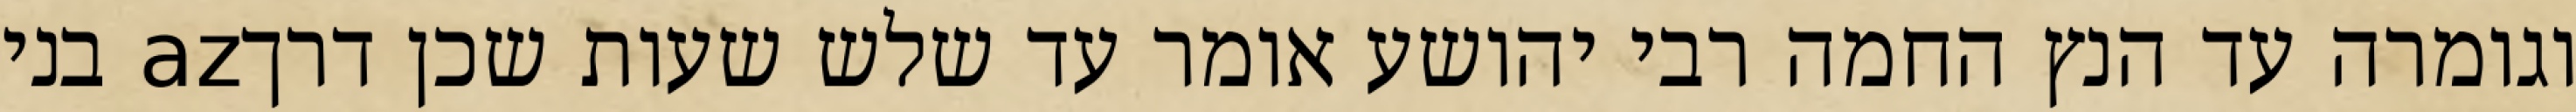
וגומרה עד הנץ החמה רבי יהושע אומר עד שלש שעות שכן דרךaz בני